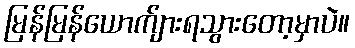
မြန်မြန်ယောက်ျားရသွားတော့မှာပဲ။